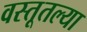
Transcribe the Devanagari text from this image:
वस्तूतल्या